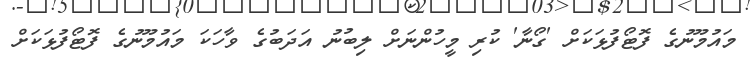
މައުމޫނުގެ ފޮޓޯފުޅަކަށް 'ގޯނާ' ކުރި މީހުންނަށް ލިބުނު އަދަބުގެ ވާހަކަ މައުމޫނުގެ ފޮޓޯފުޅަކަށް